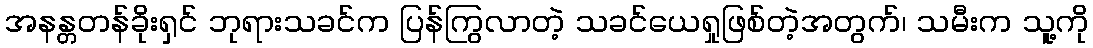
အနန္တတန်ခိုးရှင် ဘုရားသခင်က ပြန်ကြွလာတဲ့ သခင်ယေရှုဖြစ်တဲ့အတွက်၊ သမီးက သူ့ကို